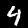
Digit: 4